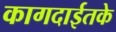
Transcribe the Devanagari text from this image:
कागदाईतके